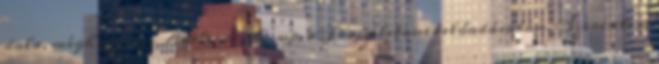
dala, méghozzá az Adéle mush-up, a Troubletones előadásában. Szerintem